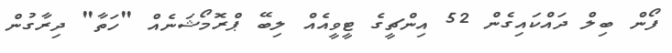
ފޯން ބިލް ދައްކައިގެން 52 އިންޗީގެ ޓީވީއެއް ލިބޭ ޕްރޮމޯޝަނެއް "ހަތާ" ދިރާގުން